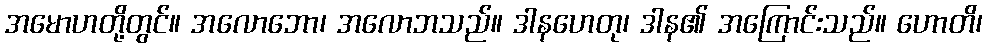
အမောဟတို့တွင်။ အလောဘော၊ အလောဘသည်။ ဒါနဟေတု၊ ဒါန၏ အကြောင်းသည်။ ဟောတိ၊